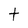
Character: t